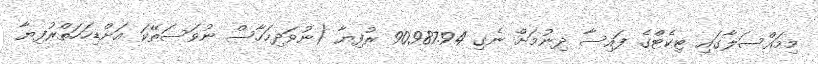
މިމައްސަލާގައި ޓިކެޓްގެ ފައިސާ ދިނުމަށް ނެގި 90